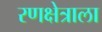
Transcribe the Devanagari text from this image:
रणक्षेत्राला